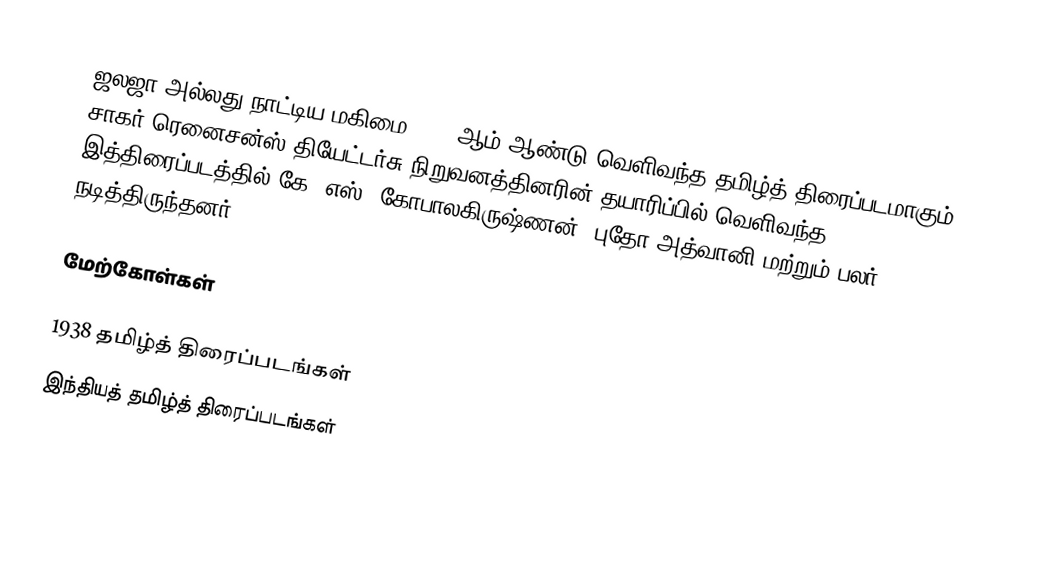
ஜலஜா அல்லது நாட்டிய மகிமை 1938 ஆம் ஆண்டு வெளிவந்த தமிழ்த் திரைப்படமாகும். சாகர் ரெனைசன்ஸ் தியேட்டர்சு நிறுவனத்தினரின் தயாரிப்பில் வெளிவந்த இத்திரைப்படத்தில் கே. எஸ். கோபாலகிருஷ்ணன், புதோ அத்வானி மற்றும் பலர் நடித்திருந்தனர்.

மேற்கோள்கள்

1938 தமிழ்த் திரைப்படங்கள்
இந்தியத் தமிழ்த் திரைப்படங்கள்